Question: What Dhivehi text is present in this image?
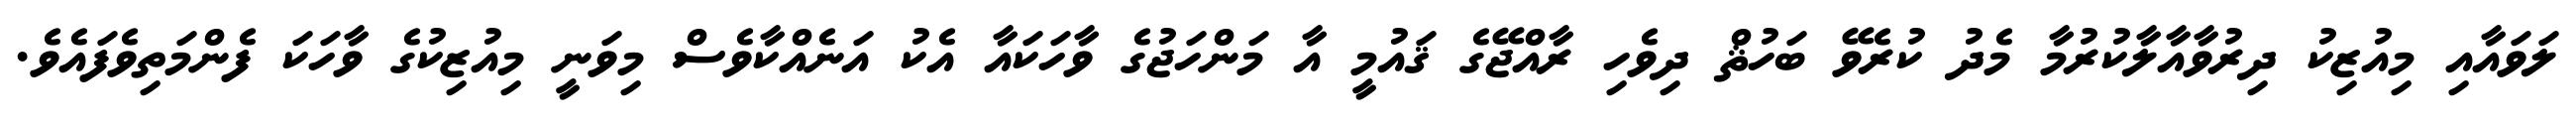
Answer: ލަވައާއި މިއުޒިކު ދިރުވާއާލާކުރުމާ މެދު ކުރެވޭ ބަހުޘް ދިވެހި ރާއްޖޭގެ ޤައުމީ އާ މަންހަޖުގެ ވާހަކައާ އެކު އަނެއްކާވެސް މިވަނީ މިއުޒިކުގެ ވާހަކަ ފެންމަތިވެފައެވެ.